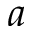
a